Annual report of the Civil Veterinary Department, Bengal, for the year 1897-98 - 1897-1898
Year: 1897
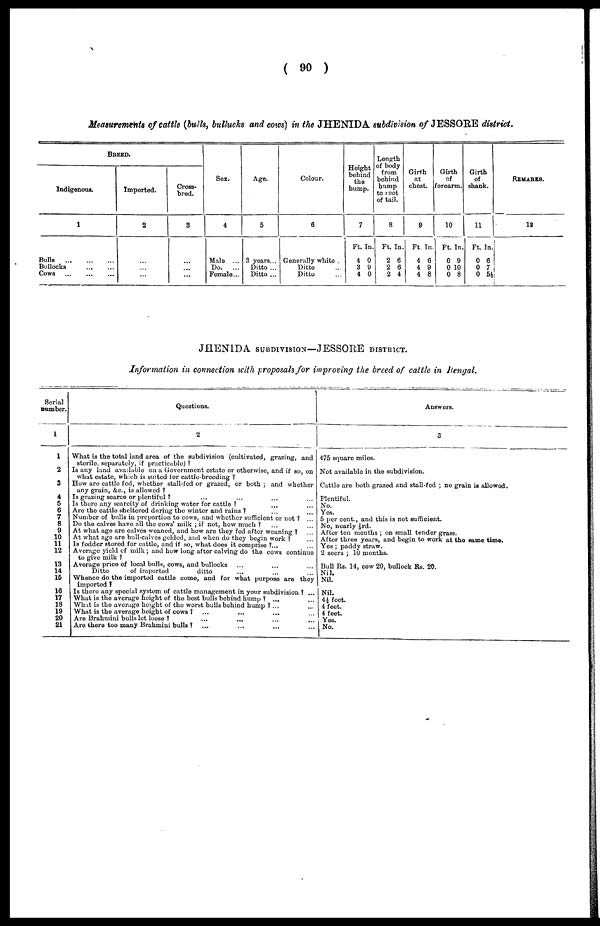
(90)
Measurements of cattle (bulls, bullucks and cows) in the JHENIDA subdivision of JESSORE district.
BREED.
Indigenous.
1
Bulls
...
...
...
Bullocks
...
...
Cows
...
...
...
Imported.
2
...
...
...
Cross-
bred.
3
...
...
...
Sex.
4
Male ...
Do.
...
Female...
Age.
5
3 years...
Ditto ...
Ditto ...
Colour.
6
Generally white .
Ditto ...
Ditto ...
Height
behind
the
hump.
7
Ft.
4
3
4
In.
0
9
0
Length
of body
from
behind
hump
to root
of tail.
8
Ft.
2
2
2
In.
6
6
4
Girth
at
chest.
9
Ft.
4
4
4
In.
6
9
8
Girth
of
forearm.
10
Ft.
0
0
0
In.
9
10
8
Girth
of
shank.
11
Ft.
0
0
0
In.
6
7
5½
REMARKS.
12
JHENIDA SUBDICISION—JESSORE DISTRICT.
Information in connection with proposals for improving the breed of cattle in Bengal.
Serial
number.
1
1
2
3
4
5
6
7
8
9
10
11
12
13
14
15
16
17
18
19
20
21
Questions.
2
What is the total land area of the subdivision (cultivated, grazing, and
sterile, separately, if practicable)?
Is any land available on a Government estate or otherwise, and if so, on
what estate, which is suited lor cattle-breeding?
How are cattle fed, whether stall-fed or grazed, or both; and whether
any grain, &c., is allowed?
Is grazing scarce or plentiful? ... ... ... ...
Is there any scarcity of drinking water for cattle? ... ... ...
Are the cattle sheltered during the winter and rains? ... ...
Number of bulls in preportion to cows, and whether sufficient or not? ...
Do the calves have all the cows' milk; if not, how much? ... ...
At what age are calves weaned, and how are they fed after weaning? ... ...
At what age are bull-calves gelded, and when do they begin work? ...
Is fodder stored for cattle, and if so, what does it comprise?... ...
Average yield of milk; and how long after calving do the cows continue? ... ...
to give milk?
Average price of local bulls, cows, and bullocks ... ... ...
Ditto
of imported
ditto ... ... ...
Whence do the imported cattle come, and for what purpose are they
imported?
Is there any special system of cattle management in your subdivision? ...
What is the average height of the best bulls behind hump? ... ...
What is the average height of the worst bulls behind hump? ... ...
What is the average height of cows? ... ...
Are Brahmini bulls let loose? ... ... ... ...
Are there too many Brahmini bulls?
... ... ... ...
Answers.
3
475 square miles.
Not available in the subdivision.
Cattle are both grazed and stall-fed; no grain is allowed.
Plentiful.
No.
Yes.
5 per cent., and this is not sufficient.
No, nearly ½rd.
After ten months; on small tender grass.
After three years, and begin to work at the same time.
Yes; paddy straw.
2 seers; 10 months.
Bull Rs. 14, cow 20, bullock Rs. 20.
Nil.
Nil.
Nil.
4½ feet.
4 feet.
4 feet.
Yes.
No.